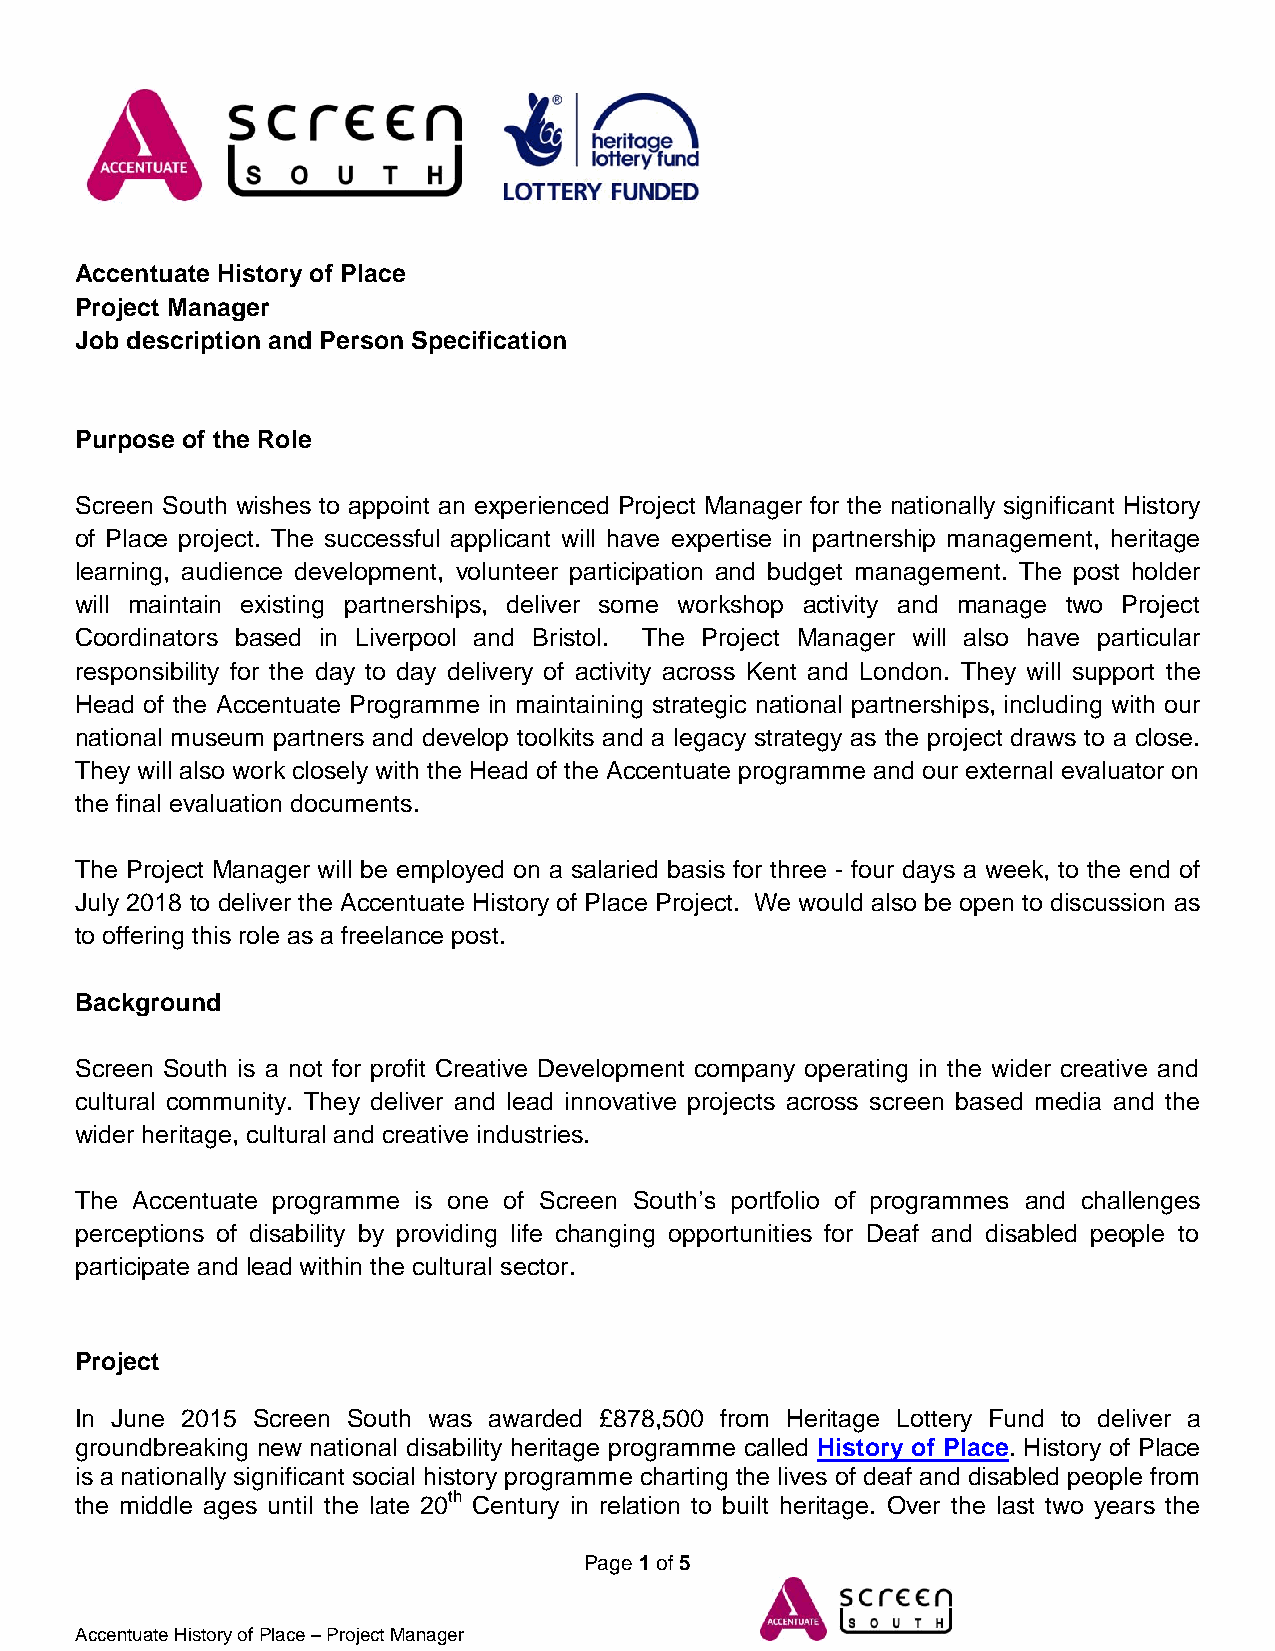
Accentuate History of Place
 Project Manager
 Job description and Person Specification
 Purpose of the Role
 Screen South wishes to appoint an experienced Project Manager for the nationally significant History
 of Place project. The successful applicant will have expertise in partnership management, heritage
 learning, audience development, volunteer participation and budget management. The post holder
 will maintain existing partnerships, deliver some workshop activity and manage two Project
 Coordinators based in Liverpool and Bristol. The Project Manager will also have particular
 responsibility for the day to day delivery of activity across Kent and London. They will support the
 Head of the Accentuate Programme in maintaining strategic national partnerships, including with our
 national museum partners and develop toolkits and a legacy strategy as the project draws to a close.
 They will also work closely with the Head of the Accentuate programme and our external evaluator on
 the final evaluation documents.
 The Project Manager will be employed on a salaried basis for three - four days a week, to the end of
 July 2018 to deliver the Accentuate History of Place Project. We would also be open to discussion as
 to offering this role as a freelance post.
 Background
 Screen South is a not for profit Creative Development company operating in the wider creative and
 cultural community. They deliver and lead innovative projects across screen based media and the
 wider heritage, cultural and creative industries.
 The Accentuate programme is one of Screen South’s portfolio of programmes and challenges
 perceptions of disability by providing life changing opportunities for Deaf and disabled people to
 participate and lead within the cultural sector.
 Project
 In June 2015 Screen South was awarded £878,500 from Heritage Lottery Fund to deliver a
 groundbreaking new national disability heritage programme called History of Place. History of Place
 is a nationally significant social history programme charting the lives of deaf and disabled people from
 the middle ages until the late 20th Century in relation to built heritage. Over the last two years the
 Page 1 of 5
 Accentuate History of Place – Project Manager